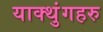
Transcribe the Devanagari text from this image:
याक्थुंगहरु